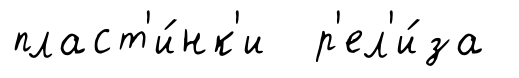
пласт'и́нк'и р'ел'и́за